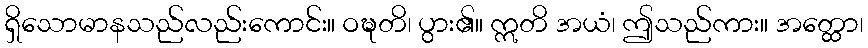
ရှိသောမာနသည်လည်းကောင်း။ ဝဍ္ဎတိ၊ ပွား၏။ ဣတိ အယံ၊ ဤသည်ကား။ အတ္ထော၊